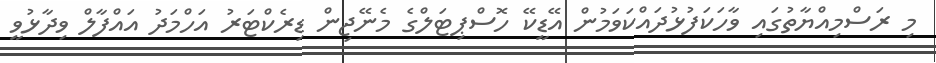
މި ރަސްމިއްޔާތުގައި ވާހަކަފުޅުދައްކަވަމުން އޭޑީކޭ ހޮސްޕިޓަލްގެ މެނޭޖިން ޑިރެކްޓަރު އަހްމަދު އައްފާލް ވިދާޅުވީ